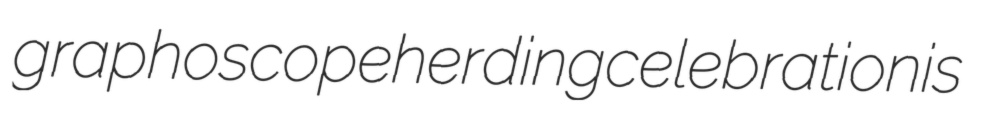
graphoscope herding celebrationis